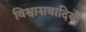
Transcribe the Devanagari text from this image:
विश्वासवादियों